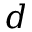
d